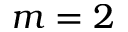
m = 2